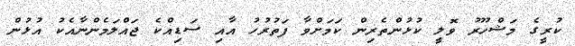
ކުރީގެ މަޝްހޫރު ވޮލީ ކުޅުންތެރިން ކަމަށްވާ ފަތުރުހު އާއި ސަޑިއްކެ ޖައްލަމެންނާއެކު އުޅުން